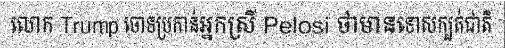
លោក Trump ចោទប្រកាន់អ្នកស្រី Pelosi ថាមានទោសក្បត់ជាតិ